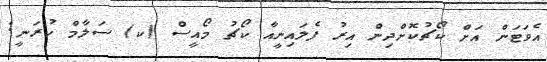
އެވަޓަން އަށް ކޯޗުކޮށްދިން އިރު ފެލައިނީއާ ކޯޗު މޯއީސް (ކ) ސަލާމް ކުރަނީ: